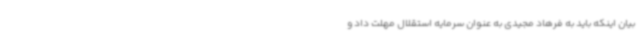
بیان اینکه باید به فرهاد مجیدی به عنوان سرمایه استقلال مهلت داد و